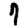
Digit: 7